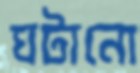
ঘটানো